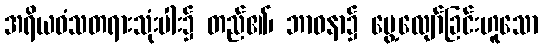
အရိယဝံသတရားသုံးပါး၌ တည်၏၊ ဘာဝနာ၌ မွေ့လျော်ခြင်းဟူသော